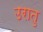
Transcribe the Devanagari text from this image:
उरातु